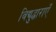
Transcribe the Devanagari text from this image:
विद्युद्धाराएँ